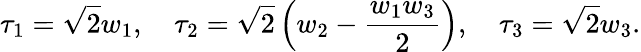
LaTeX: \tau_{1}=\sqrt{2}w_{1},\quad\tau_{2}=\sqrt{2}\left(w_{2}-\frac{w_{1}w_{3}}{2}\right),\quad\tau_{3}=\sqrt{2}w_{3}.